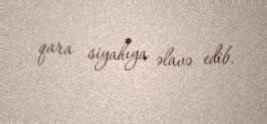
qara siyahıya əlavə edib.